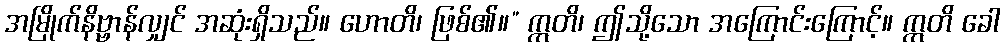
အမြိုက်နိဗ္ဗာန်လျှင် အဆုံးရှိသည်။ ဟောတိ၊ ဖြစ်၏။” ဣတိ၊ ဤသို့သော အကြောင်းကြောင့်။ ဣတိ ခေါ